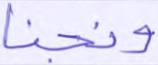
ونجنا